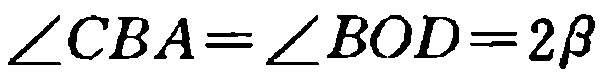
\(\angle CBA=\angle BOD = 2\beta\)